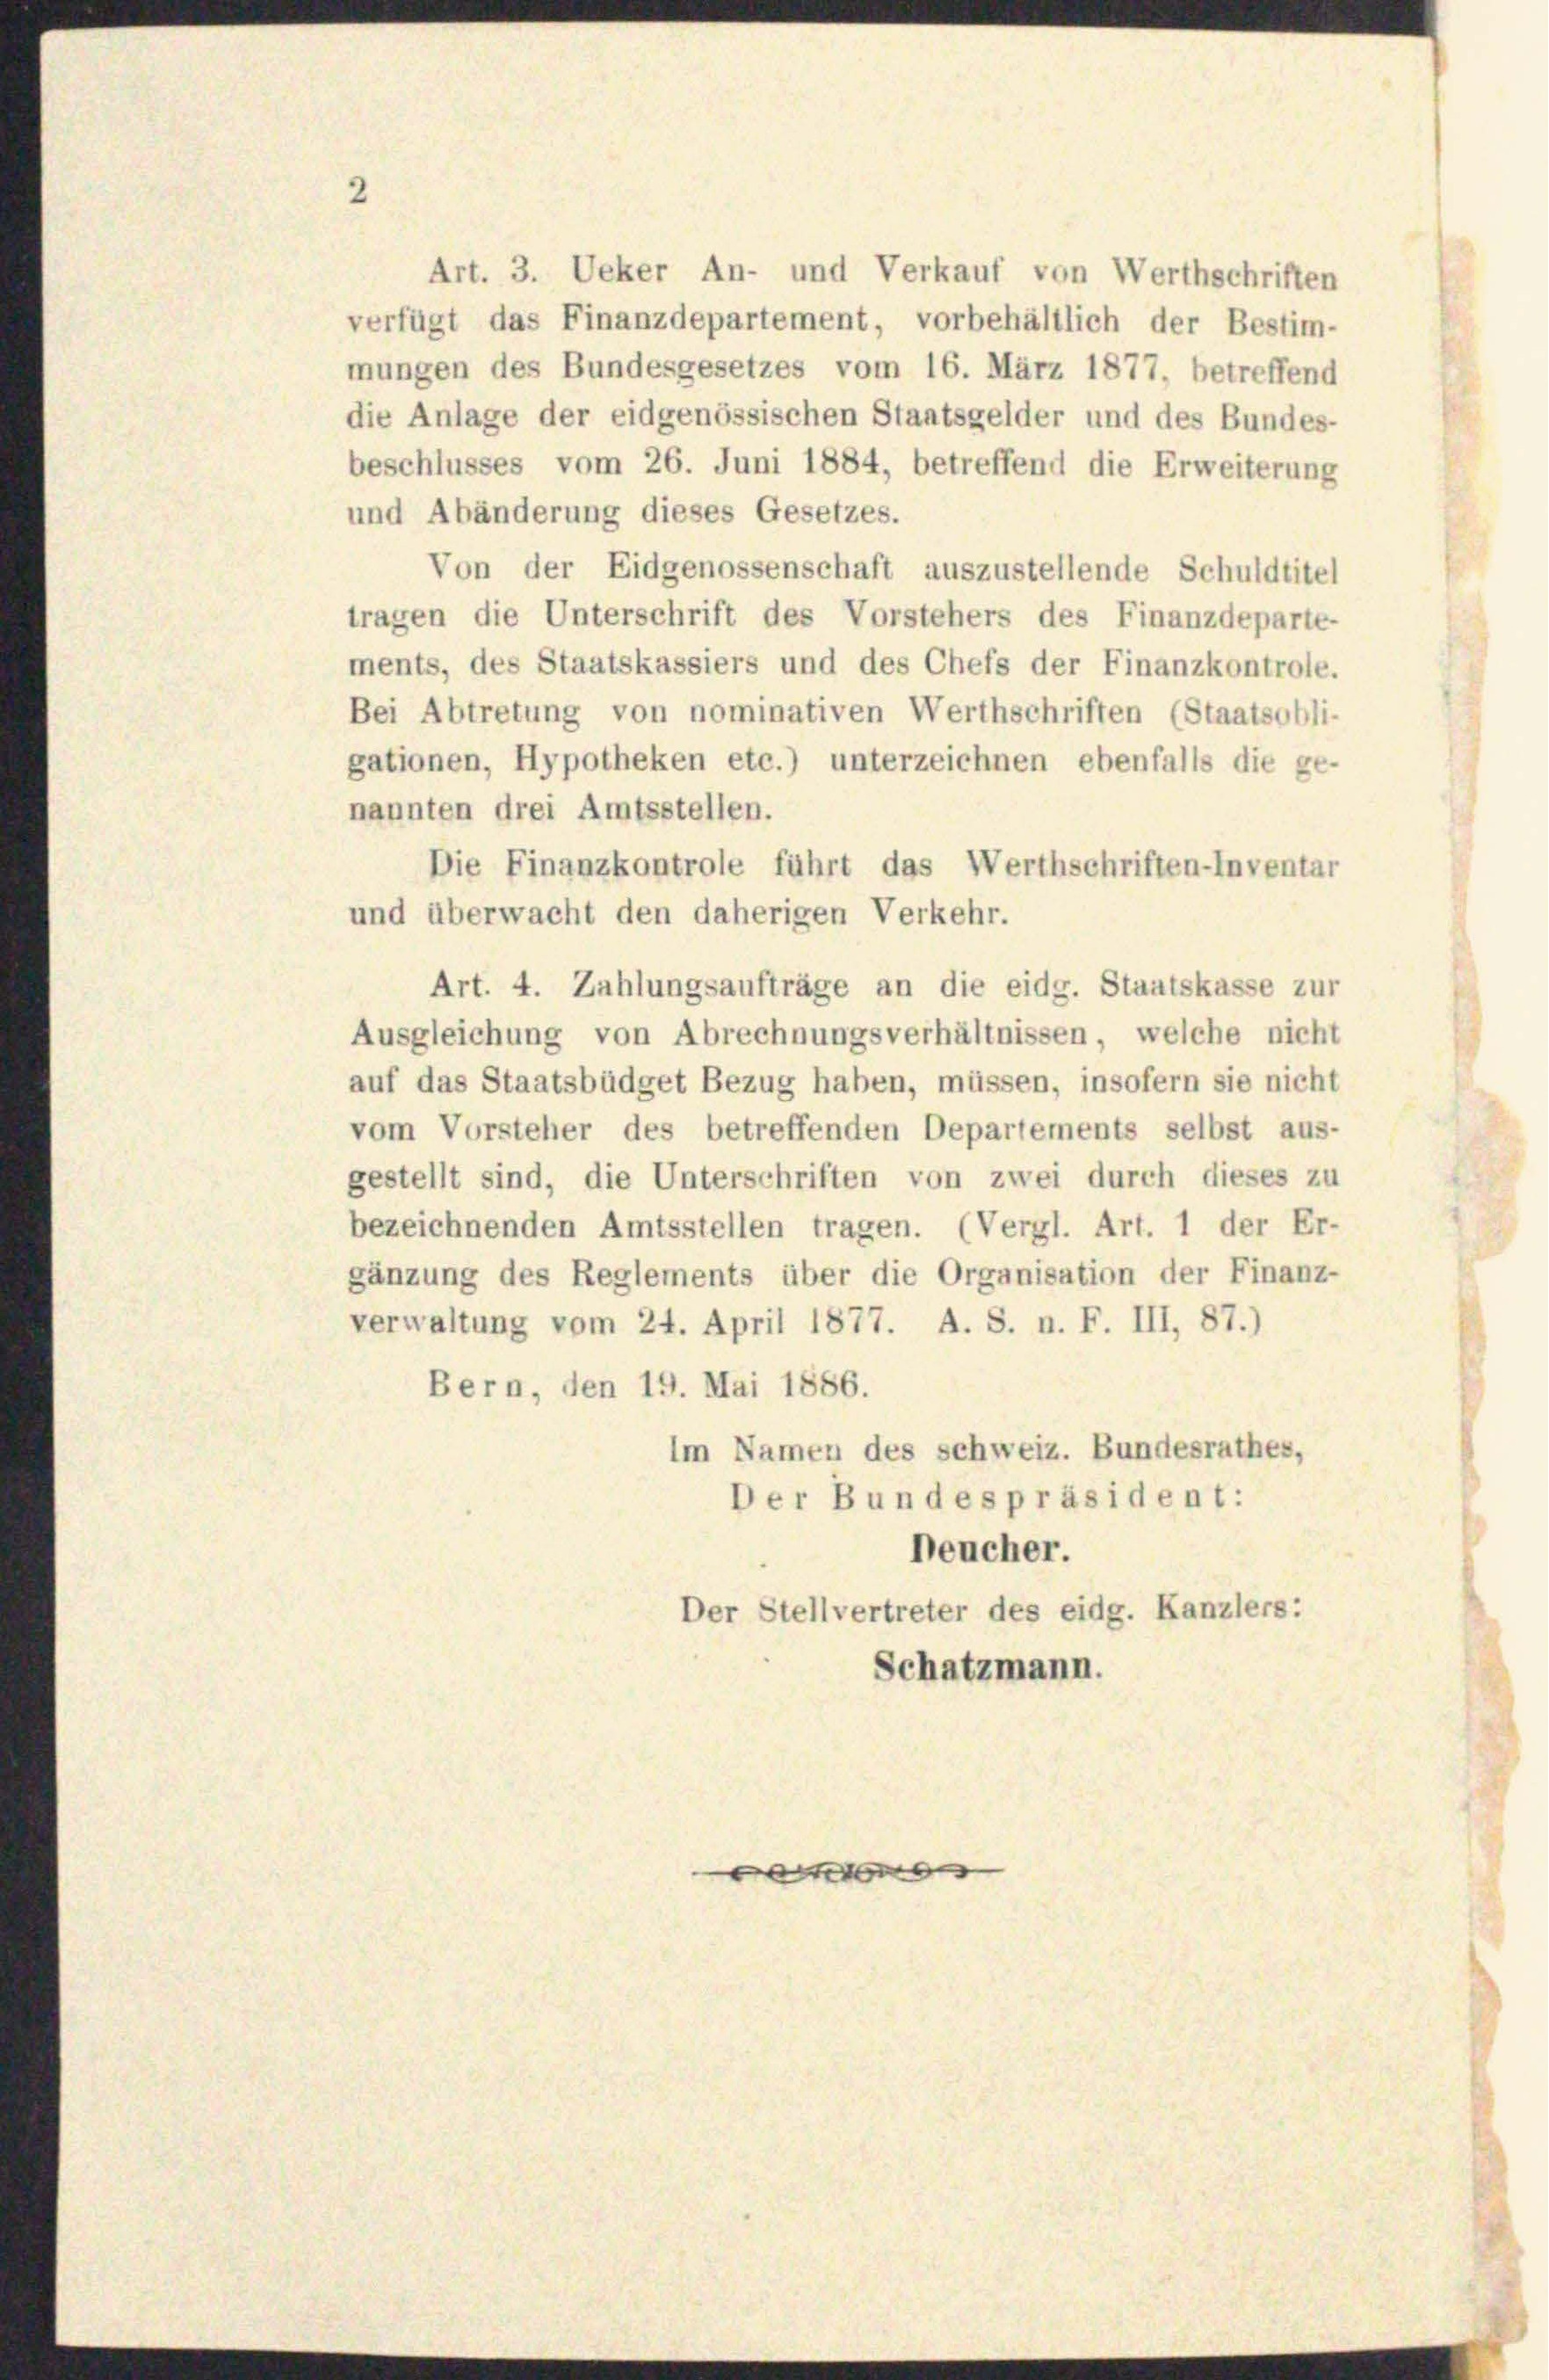
mungen des Bundesgesetzes vom 16. März 1877, betreffend
die Anlage der eidgenössischen Staatsgelder und des Bundes-
beschlusses vom 26. Juni 1884, betreffend die Erweiterung
und Abänderung dieses Gesetzes.
Von der Eidgenossenschaft auszustellende Schuldtitel
tragen die Unterschrift des Vorstehers des Finanzdeparte-
ments, des Staatskassiers und des Chefs der Finanzkontrole.
Bei Abtretung von nominativen Werthschriften (Staatsobli-
gationen, Hypotheken etc.) unterzeichnen ebenfalls die ge-
nannten drei Amtsstellen.
Die Finanzkontrole führt das Werthschriften-Inventar
und überwacht den daherigen Verkehr.
Art. 4. Zahlungsaufträge an die eidg. Staatskasse zur
Ausgleichung von Abrechnungsverhältnissen, welche nicht
auf das Staatsbüdget Bezug haben, müssen, insofern sie nicht
vom Vorsteher des betreffenden Departements selbst aus-
gestellt sind, die Unterschriften von zwei durch dieses zu
bezeichnenden Amtsstellen tragen. (Vergl. Art. 1 der Er-
gänzung des Reglements über die Organisation der Finanz-
verwaltung vom 24. April 1877. A. S. n. F. III, 87.)
Bern, den 19. Mai 1886.
Im Namen des schweiz. Bundesrathes,
Der Bundespräsident:
Deucher.
Der Stellvertreter des eidg. Kanzlers:
Schatzmann.

Art. 3. Ueker An- und Verkauf von Werthschriften
verfügt das Finanzdepartement, vorbehältlich der Bestim-

e